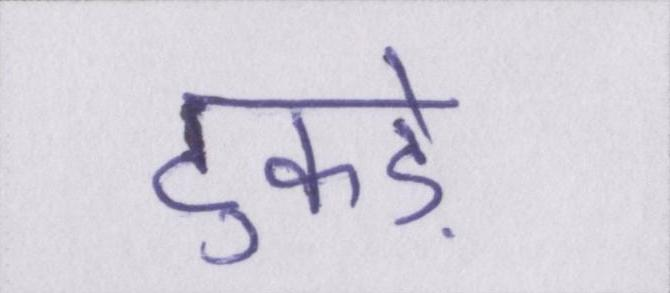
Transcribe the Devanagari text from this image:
टुकड़े